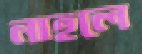
নাহলে